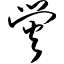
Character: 荧